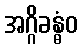
အဂ္ဂိခန္ဓံဝ